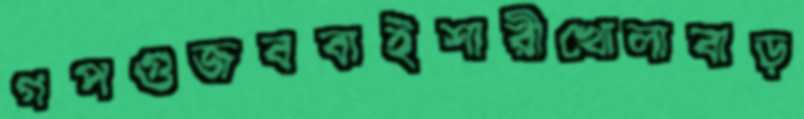
গপগুজববাইশারীখোলাবাড়